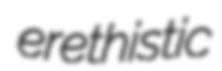
erethistic